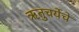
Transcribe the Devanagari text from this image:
ऋतुचर्येचे